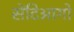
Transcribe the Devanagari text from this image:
सेंटिआगो